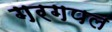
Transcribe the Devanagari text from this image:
गरगपल